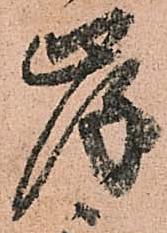
岸